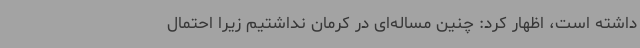
داشته‌ است، اظهار کرد: چنین مساله‌ای در کرمان نداشتیم زیرا احتمال